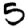
Digit: 5